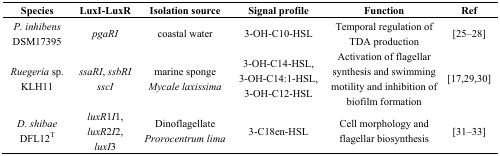
| Species | LuxI-LuxR | Isolation source | Signal profile | Function | Ref |
 | --- | --- | --- | --- | --- | --- |
 | P. inhibens DSM17395 | pgaRI | coastal water | 3-OH-C10-HSL | Temporal regulation of TDA production | [25–28] |
 | Ruegeria sp. KLH11 | ssaRI, ssbRI sscI | marine sponge Mycale laxissima | 3-OH-C14-HSL, 3-OH-C14:1-HSL, 3-OH-C12-HSL | Activation of flagellar synthesis and swimming motility and inhibition of biofilm formation | [17,29,30] |
 | D. shibae DFL12T | luxR1I1, luxR2I2, luxI3 | Dinoflagellate Prorocentrum lima | 3-C18en-HSL | Cell morphology and flagellar biosynthesis | [31–33] |